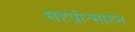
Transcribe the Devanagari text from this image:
सहप्रोत्साहन